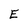
Character: E